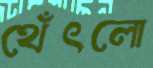
থেঁৎলো